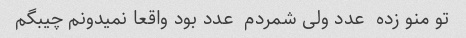
تو منو زده  عدد ولی شمردم  عدد بود واقعا نمیدونم چیبگم